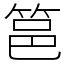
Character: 䇼